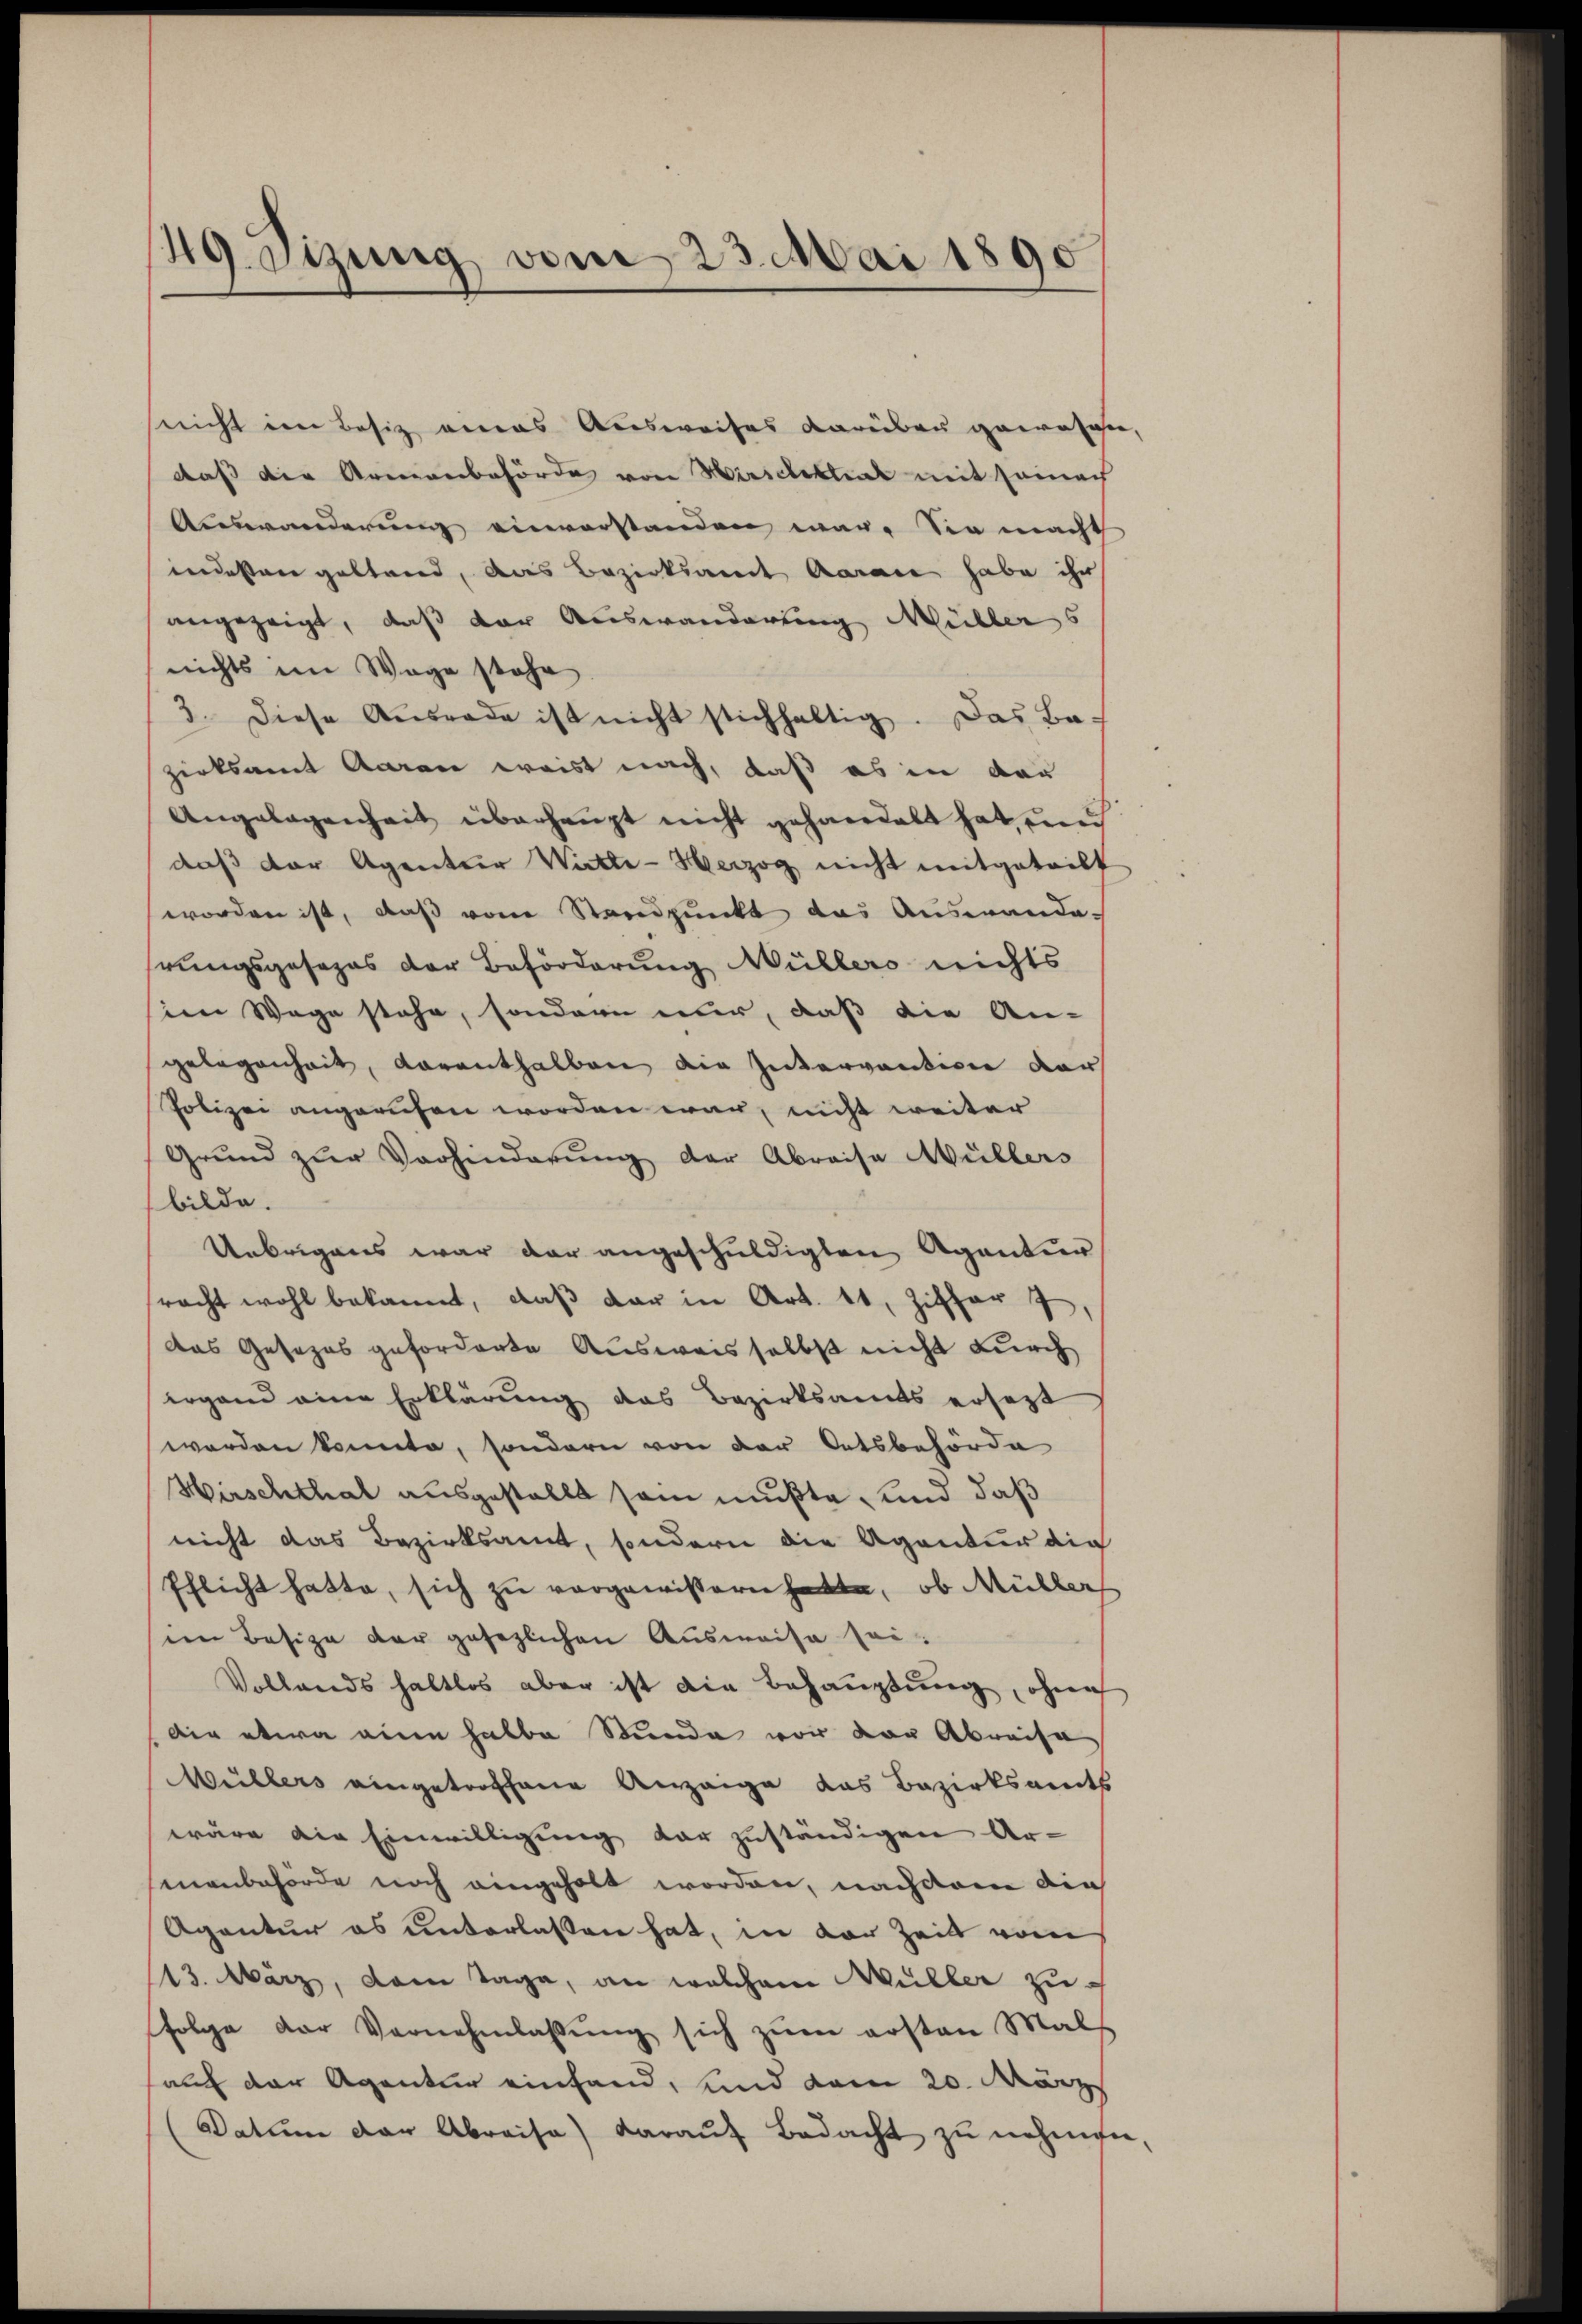
49. Sizung vom 23. Mai 1890

snicht im Besitz eines Ausweises darüber gewesen,
daß die Armenbehörde von Hirschettial mit seinach
Auswanderung einverstanden war. Sie macht
indesten geltend, das Bezirksamt Aarau habe ihr
angezeigt, daß der Auswanderung Müllers
nichts im Wage stehe
3. diese Aŭsrade ist nicht stichhaltig. Das Ba-
zirksamt Aaran weist nach, daß es in der
Angelegenheit überhaupt nicht gehandelt hat, und
daß der Agentur Witte- Herzog nicht mitgetriff
worden ist, daß vom Standpunkt das Auswande-
hrungsgesezes der Beförderung Müllers nichts
im Wege stehe, sondern nur, daß die An-
gelegenheit, vorenthalben die Intervention der
Polizei angerufen worden war, nicht weiter
Grund zŭr Vorhinderŭng der Abreise Müllers
bilde.
Uebrigens war der angeschuldigten Agentur
racht wohl bekannt, daβ der in Art. 11, Ziffer 7
das Gesezes geforderte Ausweis selbst nicht durch
ergand eine Erklärung das Bezirksamts ersetzt
werden konnte, sondern von der Ortsbehörde
Hirschthal ausgestellt sein mußte, und daß
nicht das Bezirksamt, sondern die Agentur die
Pflicht hatte, sich zu vorgewissern hatte, ob Müller
in Besize der gesezlichen Ausweise sei.
Vollands haltlos aber ist die Behauptung, ohne
die etwa eine halbe Stunde vor der Abreisa
Wüllers eingetroffene Anzeige das Bezirksamts
wäre die Einwilligung dar zuständigen Ar-
manbehörde noch eingeholt worden, nachdem die
Agentur es unterlassen hat, in der Zeit vom
13. März, dem Tage, an welchem Müller zufolge der Vernehmlassŭng sich zŭm ersten Mals
auch der Agentur einfand, und dem 20. März
Datum der Abreise) darauf Bedacht zu nehmen,